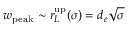
w _ { \mathrm { p e a k } } \sim r _ { L } ^ { \mathrm { u p } } ( \sigma ) = d _ { e } \sqrt { \sigma }